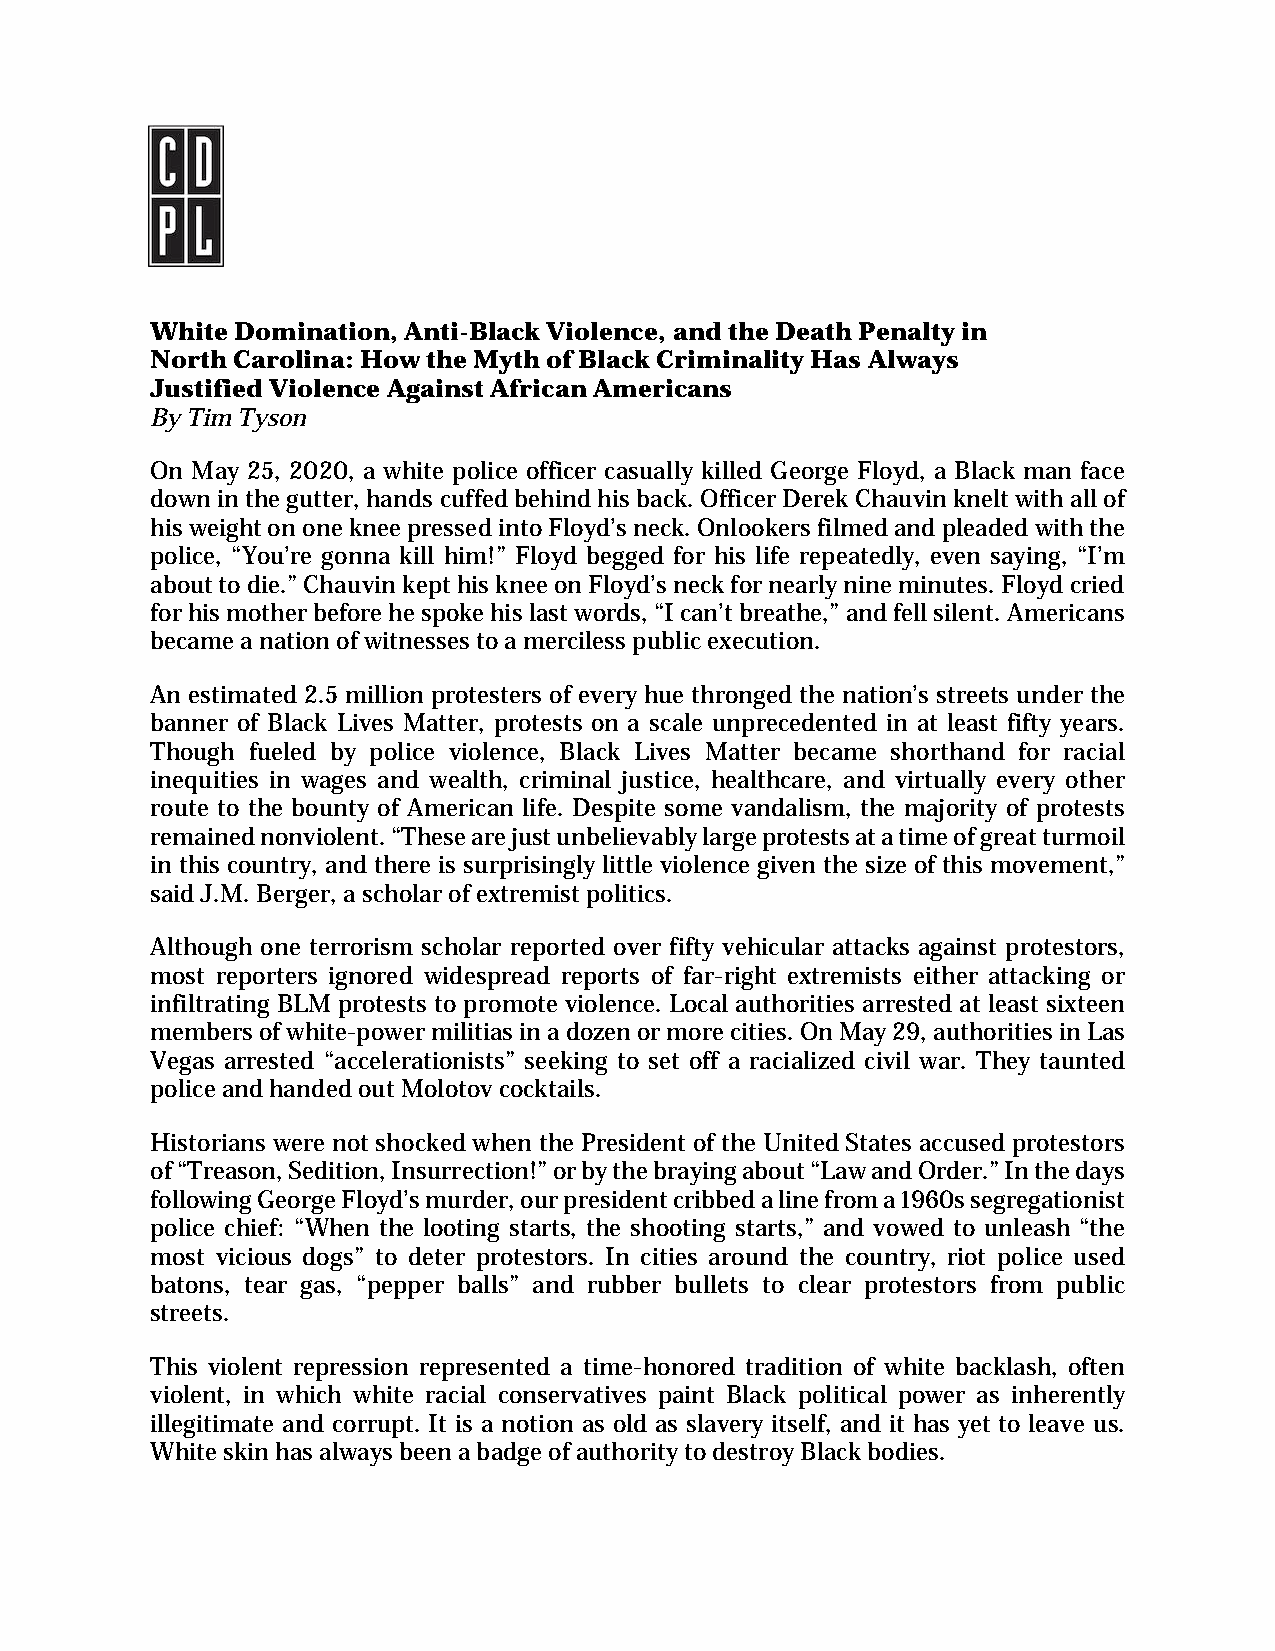
White Domination, Anti-Black Violence, and the Death Penalty in
 North Carolina: How the Myth of Black Criminality Has Always
 Justified Violence Against African Americans
 By Tim Tyson
 On May 25, 2020, a white police officer casually killed George Floyd, a Black man face
 down in the gutter, hands cuffed behind his back. Officer Derek Chauvin knelt with all of
 his weight on one knee pressed into Floyd’s neck. Onlookers filmed and pleaded with the
 police, “You’re gonna kill him!” Floyd begged for his life repeatedly, even saying, “I’m
 about to die.” Chauvin kept his knee on Floyd’s neck for nearly nine minutes. Floyd cried
 for his mother before he spoke his last words, “I can’t breathe,” and fell silent. Americans
 became a nation of witnesses to a merciless public execution.
 An estimated 2.5 million protesters of every hue thronged the nation’s streets under the
 banner of Black Lives Matter, protests on a scale unprecedented in at least fifty years.
 Though fueled by police violence, Black Lives Matter became shorthand for racial
 inequities in wages and wealth, criminal justice, healthcare, and virtually every other
 route to the bounty of American life. Despite some vandalism, the majority of protests
 remained nonviolent. “These are just unbelievably large protests at a time of great turmoil
 in this country, and there is surprisingly little violence given the size of this movement,”
 said J.M. Berger, a scholar of extremist politics.
 Although one terrorism scholar reported over fifty vehicular attacks against protestors,
 most reporters ignored widespread reports of far-right extremists either attacking or
 infiltrating BLM protests to promote violence. Local authorities arrested at least sixteen
 members of white-power militias in a dozen or more cities. On May 29, authorities in Las
 Vegas arrested “accelerationists” seeking to set off a racialized civil war. They taunted
 police and handed out Molotov cocktails.
 Historians were not shocked when the President of the United States accused protestors
 of “Treason, Sedition, Insurrection!” or by the braying about “Law and Order.” In the days
 following George Floyd’s murder, our president cribbed a line from a 1960s segregationist
 police chief: “When the looting starts, the shooting starts,” and vowed to unleash “the
 most vicious dogs” to deter protestors. In cities around the country, riot police used
 batons, tear gas, “pepper balls” and rubber bullets to clear protestors from public
 streets.
 This violent repression represented a time-honored tradition of white backlash, often
 violent, in which white racial conservatives paint Black political power as inherently
 illegitimate and corrupt. It is a notion as old as slavery itself, and it has yet to leave us.
 White skin has always been a badge of authority to destroy Black bodies.